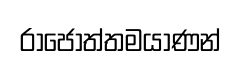
රාජෝත්තමයාණන්